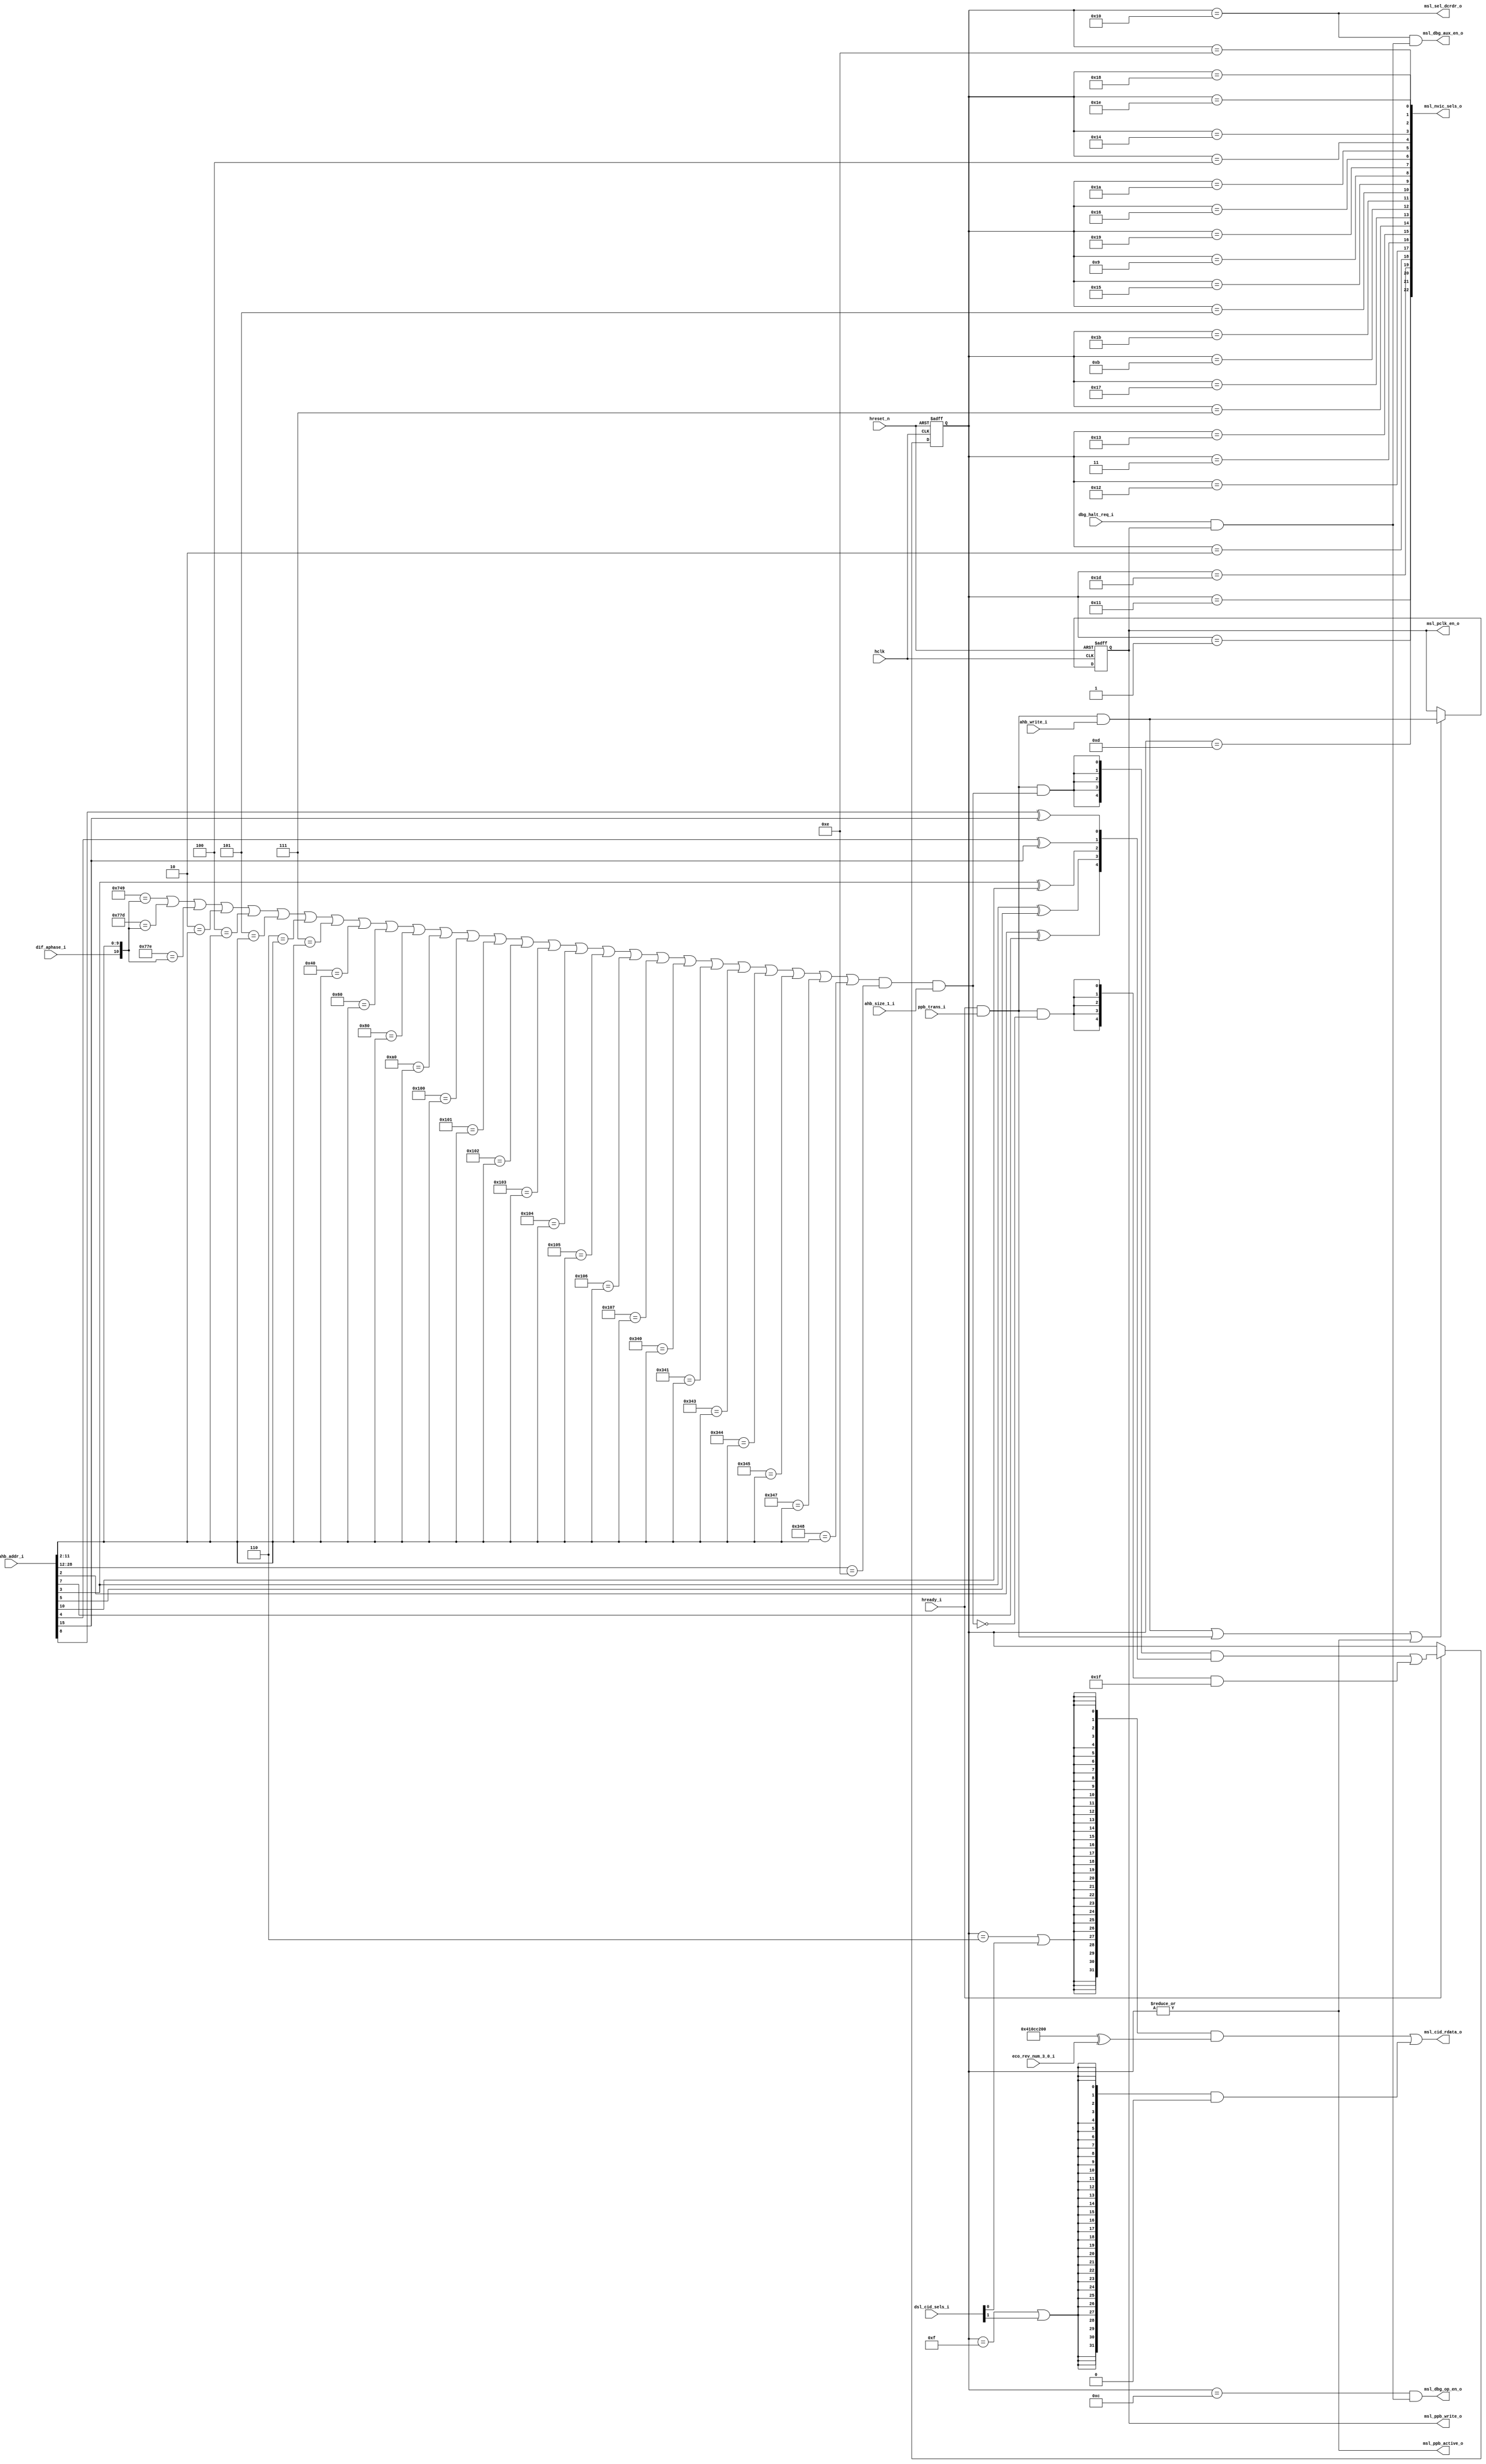
//-----------------------------------------------------------------------------
// The confidential and proprietary information contained in this file may
// only be used by a person authorised under and to the extent permitted
// by a subsisting licensing agreement from ARM Limited.
//
//            (C) COPYRIGHT 2008-2009 ARM Limited.
//                ALL RIGHTS RESERVED
//
// This entire notice must be reproduced on all copies of this file
// and copies of this file may only be made by a person if such person is
// permitted to do so under the terms of a subsisting license agreement
// from ARM Limited.
//
//      SVN Information
//
//      Checked In          : $Date: 2009-03-09 19:20:29 +0000 (Mon, 09 Mar 2009) $
//
//      Revision            : $Revision: 103365 $
//
//      Release Information : Cortex-M0-AT510-r0p0-00rel0
//-----------------------------------------------------------------------------

//-----------------------------------------------------------------------------
// CORTEX-M0 PPB DECODER
//-----------------------------------------------------------------------------

module cm0_matrix_sel
  #(parameter CBAW   = 0,
    parameter AHBSLV = 1,
    parameter DBG    = 1,
    parameter SYST   = 1)

   (input  wire        hclk,             // AHB clock
    input  wire        hreset_n,         // AHB reset

    output wire        msl_pclk_en_o,    // PPB register write clock enable

    output wire [22:0] msl_nvic_sels_o,  // NVIC register selects
    output wire        msl_sel_dcrdr_o,  // DCRDR read-data cycle
    output wire        msl_ppb_write_o,  // write performed to PPB space
    output wire        msl_ppb_active_o, // PPB not AHB is current slave
    output wire        msl_dbg_aux_en_o, // enable GPR AUX for debug write
    output wire        msl_dbg_op_en_o,  // enable PFU opcode for debug write
    output wire [31:0] msl_cid_rdata_o,  // component ID read-data

    input  wire        hready_i,         // AHB ready / core advance
    input  wire [ 3:0] eco_rev_num_3_0_i,// revision number ECOs

    input  wire [ 1:0] dsl_cid_sels_i,   // debug ID value selects
    input  wire        dbg_halt_req_i,   // debug halt request
    input  wire        ahb_size_1_i,     // transaction is word-sized
    input  wire        ppb_trans_i,      // PPB transaction
    input  wire        dif_aphase_i,     // debugger generated transaction
    input  wire [31:0] ahb_addr_i,       // transaction address
    input  wire        ahb_write_i);     // transaction is a write

   // ------------------------------------------------------------
   // Configurability
   // ------------------------------------------------------------

   wire        cfg_ahbslv = (CBAW == 0) ? (AHBSLV != 0) : 1'bZ;
   wire        cfg_dbg    = (CBAW == 0) ? (DBG != 0)    : 1'bZ;
   wire        cfg_syst   = (CBAW == 0) ? (SYST != 0)   : 1'bZ;

   wire        dif_en     = cfg_ahbslv | cfg_dbg;

   // ------------------------------------------------------------
   // Mask inputs based on configuration
   // ------------------------------------------------------------

   wire [ 1:0] dsl_cid_sels = dif_en ? dsl_cid_sels_i : 2'b0;
   wire        dbg_halt_req = dif_en ? dbg_halt_req_i : 1'b0;

   // ------------------------------------------------------------
   // PPB write, SCS selector, and CPU guard registers
   // ------------------------------------------------------------

   reg  [ 4:0] scs_sel;   // encoded PPB space register select
   reg         ppb_write; // access to PPB is a write

   // ------------------------------------------------------------
   // Create constants for PPB address decoding
   // ------------------------------------------------------------

   localparam [31:0] const_a_actlr      = 32'hE000E008;
   localparam [31:0] const_a_syst_csr   = 32'hE000E010;
   localparam [31:0] const_a_syst_rvr   = 32'hE000E014;
   localparam [31:0] const_a_syst_cvr   = 32'hE000E018;
   localparam [31:0] const_a_syst_calib = 32'hE000E01C;
   localparam [31:0] const_a_nvic_iser  = 32'hE000E100;
   localparam [31:0] const_a_nvic_icer  = 32'hE000E180;
   localparam [31:0] const_a_nvic_ispr  = 32'hE000E200;
   localparam [31:0] const_a_nvic_icpr  = 32'hE000E280;
   localparam [31:0] const_a_nvic_ipr0  = 32'hE000E400;
   localparam [31:0] const_a_nvic_ipr1  = 32'hE000E404;
   localparam [31:0] const_a_nvic_ipr2  = 32'hE000E408;
   localparam [31:0] const_a_nvic_ipr3  = 32'hE000E40C;
   localparam [31:0] const_a_nvic_ipr4  = 32'hE000E410;
   localparam [31:0] const_a_nvic_ipr5  = 32'hE000E414;
   localparam [31:0] const_a_nvic_ipr6  = 32'hE000E418;
   localparam [31:0] const_a_nvic_ipr7  = 32'hE000E41C;
   localparam [31:0] const_a_cpuid      = 32'hE000ED00;
   localparam [31:0] const_a_icsr       = 32'hE000ED04;
   localparam [31:0] const_a_aircr      = 32'hE000ED0C;
   localparam [31:0] const_a_scr        = 32'hE000ED10;
   localparam [31:0] const_a_ccr        = 32'hE000ED14;
   localparam [31:0] const_a_shpr2      = 32'hE000ED1C;
   localparam [31:0] const_a_shpr3      = 32'hE000ED20;
   localparam [31:0] const_a_shcsr      = 32'hE000ED24;
   localparam [31:0] const_a_dcrsr      = 32'hE000EDF4;
   localparam [31:0] const_a_dcrdr      = 32'hE000EDF8;

   // ------------------------------------------------------------
   // SCS hashing function
   // ------------------------------------------------------------
   // must generate a unique, non-zero value for valid selections,
   // the exclusive-OR pairs are:
   //
   //    3F875
   //    A4F23
   //
   // with 0x1F available as the unmatched PPB space hit

   function [4:0] scs_hash;
      input [31:0] i_key;
      begin
        scs_hash = { i_key[2] ^ i_key[ 7],
                     i_key[3] ^ i_key[ 5],
                     i_key[3] ^ i_key[10],
                     i_key[4] ^ i_key[15],
                     i_key[8] ^ i_key[15] };
        end
   endfunction

   // ------------------------------------------------------------
   // SCS matching functions
   // ------------------------------------------------------------
   // uses hash and a specific enable to determine one-hot select

   function scs_dbg_sel;
      input [ 6:0] i_key;
      input [31:0] i_raw_addr;
      begin
        scs_dbg_sel = i_key[5] & (i_key[4:0] == scs_hash(i_raw_addr));
      end
   endfunction

   function scs_any_sel;
      input [ 6:0] i_key;
      input [31:0] i_raw_addr;
      begin
        scs_any_sel = (i_key[4:0] == scs_hash(i_raw_addr));
      end
   endfunction

   function scs_tck_sel;
      input [ 6:0] i_key;
      input [31:0] i_raw_addr;
      begin
        scs_tck_sel = i_key[6] & (i_key[4:0] == scs_hash(i_raw_addr));
      end
   endfunction

   // ------------------------------------------------------------
   // Address and debug master check functions
   // ------------------------------------------------------------
   // returns true if address + dif_aphase result in an SCS "hit"
   // as a result of a debug access; note that ppb_trans allows
   // us to ignore address[31:29]

   function scs_dbg_chk;
      input [10:0] i_m_addr;
      input [31:0] i_raw_addr;
      begin
        scs_dbg_chk = {1'b1, i_raw_addr[11:2]} == i_m_addr[10:0];
      end
   endfunction

   function scs_any_chk;
      input [10:0] i_m_addr;
      input [31:0] i_raw_addr;
      begin
        scs_any_chk = i_raw_addr[11:2] == i_m_addr[9:0];
      end
   endfunction

   // ------------------------------------------------------------
   // Determine whether address hits in the SCS
   // ------------------------------------------------------------

   // note that debug accesses are identified using dif_aphase_i,
   // bits[31:12] for all SCS space registers are identical and
   // tested separately from bits [11:2]; only word transactions
   // are allowed to actually cause a real SCS access

   wire [10:0] scs_mad = { cfg_dbg & dif_aphase_i, ahb_addr_i[11:2] };

   wire        scs_prefix = ahb_addr_i[28:12] == 16'h000E;

   wire        scs_match  =
               ( // DEBUG ONLY ACCESSIBLE REGISTERS
                 scs_dbg_chk(scs_mad, const_a_shcsr)      |
                 scs_dbg_chk(scs_mad, const_a_dcrsr)      |
                 scs_dbg_chk(scs_mad, const_a_dcrdr)      |

                 // CORE AND DEBUG ACCESSIBLE REGISTERS
                 scs_any_chk(scs_mad, const_a_actlr)      |
                 scs_any_chk(scs_mad, const_a_syst_csr)   |
                 scs_any_chk(scs_mad, const_a_syst_rvr)   |
                 scs_any_chk(scs_mad, const_a_syst_cvr)   |
                 scs_any_chk(scs_mad, const_a_syst_calib) |
                 scs_any_chk(scs_mad, const_a_nvic_iser)  |
                 scs_any_chk(scs_mad, const_a_nvic_icer)  |
                 scs_any_chk(scs_mad, const_a_nvic_ispr)  |
                 scs_any_chk(scs_mad, const_a_nvic_icpr)  |
                 scs_any_chk(scs_mad, const_a_nvic_ipr0)  |
                 scs_any_chk(scs_mad, const_a_nvic_ipr1)  |
                 scs_any_chk(scs_mad, const_a_nvic_ipr2)  |
                 scs_any_chk(scs_mad, const_a_nvic_ipr3)  |
                 scs_any_chk(scs_mad, const_a_nvic_ipr4)  |
                 scs_any_chk(scs_mad, const_a_nvic_ipr5)  |
                 scs_any_chk(scs_mad, const_a_nvic_ipr6)  |
                 scs_any_chk(scs_mad, const_a_nvic_ipr7)  |
                 scs_any_chk(scs_mad, const_a_cpuid)      |
                 scs_any_chk(scs_mad, const_a_icsr)       |
                 scs_any_chk(scs_mad, const_a_aircr)      |
                 scs_any_chk(scs_mad, const_a_scr)        |
                 scs_any_chk(scs_mad, const_a_ccr)        |
                 scs_any_chk(scs_mad, const_a_shpr2)      |
                 scs_any_chk(scs_mad, const_a_shpr3)      );

   // ------------------------------------------------------------
   // Construct compressed address
   // ------------------------------------------------------------

   // to reduce area, use the hashing function to compress the
   // PPB space into an 8-bit value; for transactions that hit
   // in the PPB space, but do not hit a decoded address it
   // is still required to place a non-zero value into the
   // hash registers so as to allow scs_active to direct zeros
   // from the PPB space rather than potentially X's from AHB
   // for core/debugger reads

   wire [ 4:0] scs_null      = 5'b11111;

   wire [ 4:0] scs_addr      = scs_hash(ahb_addr_i[31:0]);

   wire        scs_valid     = scs_match & scs_prefix & ahb_size_1_i;
   wire        scs_trans     = hready_i & ppb_trans_i &  scs_valid;
   wire        scs_zero      = hready_i & ppb_trans_i & ~scs_valid;

   wire [ 4:0] scs_sel_nxt   = ( {5{scs_trans}} & scs_addr |
                                 {5{scs_zero}}  & scs_null );

   wire        scs_active    = |scs_sel;

   // for power saving, a large number of the NVIC registers
   // are only clocked during a ppb_write phase (assuming ACGs
   // are implemented), this requires that ppb_write self clear
   // after any PPB transaction

   wire        ppb_write_nxt = hready_i & ppb_trans_i & ahb_write_i;

   wire        ppb_write_en  = ( ppb_write_nxt |
                                 hready_i & ppb_trans_i |
                                 scs_active );

   wire        scs_sel_en    = hready_i;

   wire        pclk_en       = ppb_write;

   // ------------------------------------------------------------
   // Expand one-hot selects for data-phase
   // ------------------------------------------------------------

   wire [ 6:0] scs_key        = { cfg_syst, // SysTick present
                                  cfg_dbg,  // debug implemented
                                  scs_sel[4:0] };

   wire        sel_actlr      = scs_any_sel(scs_key, const_a_actlr);
   wire        sel_syst_csr   = scs_tck_sel(scs_key, const_a_syst_csr);
   wire        sel_syst_rvr   = scs_tck_sel(scs_key, const_a_syst_rvr);
   wire        sel_syst_cvr   = scs_tck_sel(scs_key, const_a_syst_cvr);
   wire        sel_syst_calib = scs_tck_sel(scs_key, const_a_syst_calib);
   wire        sel_nvic_iser  = scs_any_sel(scs_key, const_a_nvic_iser);
   wire        sel_nvic_icer  = scs_any_sel(scs_key, const_a_nvic_icer);
   wire        sel_nvic_ispr  = scs_any_sel(scs_key, const_a_nvic_ispr);
   wire        sel_nvic_icpr  = scs_any_sel(scs_key, const_a_nvic_icpr);
   wire        sel_nvic_ipr0  = scs_any_sel(scs_key, const_a_nvic_ipr0);
   wire        sel_nvic_ipr1  = scs_any_sel(scs_key, const_a_nvic_ipr1);
   wire        sel_nvic_ipr2  = scs_any_sel(scs_key, const_a_nvic_ipr2);
   wire        sel_nvic_ipr3  = scs_any_sel(scs_key, const_a_nvic_ipr3);
   wire        sel_nvic_ipr4  = scs_any_sel(scs_key, const_a_nvic_ipr4);
   wire        sel_nvic_ipr5  = scs_any_sel(scs_key, const_a_nvic_ipr5);
   wire        sel_nvic_ipr6  = scs_any_sel(scs_key, const_a_nvic_ipr6);
   wire        sel_nvic_ipr7  = scs_any_sel(scs_key, const_a_nvic_ipr7);
   wire        sel_cpuid      = scs_any_sel(scs_key, const_a_cpuid);
   wire        sel_icsr       = scs_any_sel(scs_key, const_a_icsr);
   wire        sel_aircr      = scs_any_sel(scs_key, const_a_aircr);
   wire        sel_scr        = scs_any_sel(scs_key, const_a_scr);
   wire        sel_ccr        = scs_any_sel(scs_key, const_a_ccr);
   wire        sel_shpr2      = scs_any_sel(scs_key, const_a_shpr2);
   wire        sel_shpr3      = scs_any_sel(scs_key, const_a_shpr3);
   wire        sel_shcsr      = scs_dbg_sel(scs_key, const_a_shcsr);
   wire        sel_dcrsr      = scs_dbg_sel(scs_key, const_a_dcrsr);
   wire        sel_dcrdr      = scs_dbg_sel(scs_key, const_a_dcrdr);

   // ------------------------------------------------------------
   // Selector register
   // ------------------------------------------------------------

   always @(posedge hclk or negedge hreset_n)
     if(~hreset_n)
       scs_sel <= {5{1'b0}};
     else if(scs_sel_en)
       scs_sel <= scs_sel_nxt[4:0];

   always @(posedge hclk or negedge hreset_n)
     if(~hreset_n)
       ppb_write <= 1'b0;
     else if(ppb_write_en)
       ppb_write <= ppb_write_nxt;

   // ------------------------------------------------------------
   // Construct ID values with implementor ECO bits
   // ------------------------------------------------------------

   // ECOREVNUM at the top-level provides the architectural and
   // design methodology recommended ability to patch a set of
   // revision/patch fields; typically these values will be zero

   wire [31:0] eco_cpuid    = {28'b0, eco_rev_num_3_0_i};
   wire [31:0] val_cpuid    = 32'h410CC200 ^ eco_cpuid;

   // ------------------------------------------------------------
   // Construct ID value bus locally to benefit from minimisation
   // ------------------------------------------------------------

   // a large number of the decoded addresses contain hardcoded
   // read-only values, to benefit from area reduction through
   // commonality, the bulk of these values are implemented as a
   // single logic cone here, the exceptions being the fields
   // indicating the number of implemented comparators in both
   // the breakpoint and watchpoint units

   // the debugger needs to be able to access these registers
   // whilst the core is held in reset, so we need to merge in
   // the debugger selections

   wire        sel_cpuid_all = sel_cpuid | dsl_cid_sels[0];
   wire        sel_actlr_all = sel_actlr | dsl_cid_sels[1];

   wire [31:0] cid_rdata = ( {32{sel_cpuid_all}} & val_cpuid    |
                             {32{sel_actlr_all}} & 32'h00000000 );

   // ------------------------------------------------------------
   // Construct CPU related debug enables
   // ------------------------------------------------------------

   // to perform core register read and writes, the debugger
   // has the ability to write to both the opcode buffer and
   // auxiliary register of the core; to save routing to debug
   // and back, the combination of the two selects and ppb_write
   // logic are performed here and then passed directly to the
   // core

   // mask debug requests that are not accompanied with a halt
   // request in order to prevent some corner cases around
   // debugger transactions in parallel with DBGRESTART requests

   wire        dbg_sel_ok = dbg_halt_req & ppb_write;

   wire        dbg_aux_en = cfg_dbg ? (sel_dcrdr & dbg_sel_ok) : 1'b0;
   wire        dbg_op_en  = cfg_dbg ? (sel_dcrsr & dbg_sel_ok) : 1'b0;

   // ------------------------------------------------------------
   // Construct output bus
   // ------------------------------------------------------------

   wire [22:0] nvic_sels = { sel_syst_csr,   sel_syst_rvr,
                             sel_syst_cvr,   sel_syst_calib,
                             sel_nvic_iser,  sel_nvic_icer,
                             sel_nvic_ispr,  sel_nvic_icpr,
                             sel_nvic_ipr0,  sel_nvic_ipr1,
                             sel_nvic_ipr2,  sel_nvic_ipr3,
                             sel_nvic_ipr4,  sel_nvic_ipr5,
                             sel_nvic_ipr6,  sel_nvic_ipr7,
                             sel_icsr,       sel_aircr,
                             sel_scr,        sel_ccr,
                             sel_shpr2,      sel_shpr3,
                             sel_shcsr };

   // ------------------------------------------------------------
   // Assign outputs
   // ------------------------------------------------------------

   assign msl_nvic_sels_o  = nvic_sels;
   assign msl_sel_dcrdr_o  = sel_dcrdr;
   assign msl_cid_rdata_o  = cid_rdata;
   assign msl_ppb_write_o  = ppb_write;
   assign msl_ppb_active_o = scs_active;
   assign msl_dbg_aux_en_o = dbg_aux_en;
   assign msl_dbg_op_en_o  = dbg_op_en;
   assign msl_pclk_en_o    = pclk_en;

   // ------------------------------------------------------------

`ifdef ARM_ASSERT_ON
   // ------------------------------------------------------------
   // Assertions
   // ------------------------------------------------------------

`include "std_ovl_defines.h"

   // register enable X check
   assert_never_unknown
     #(`OVL_FATAL,3,`OVL_ASSERT,"Register enables must never be X")
       u_asrt_reg_en_x
         (.clk       (hclk),
          .reset_n   (hreset_n),
          .qualifier (1'b1),
          .test_expr ({ pclk_en,
                        scs_sel_en,
                        ppb_write_en }));

   // scs_addr must not be zero if the address is valid
   assert_implication
     #(`OVL_FATAL,`OVL_ASSERT,"Valid SCS hashes must be non-zero")
   u_asrt_hash_safe
     (.clk(hclk), .reset_n(hreset_n),
      .antecedent_expr(scs_trans),
      .consequent_expr(|scs_addr) );

   // scs_addr must not coincide with zero select value
   assert_implication
     #(`OVL_FATAL,`OVL_ASSERT,"Valid SCS hash clashes with NULL")
   u_asrt_hash_not_null
     (.clk(hclk), .reset_n(hreset_n),
      .antecedent_expr(scs_zero),
      .consequent_expr(~scs_trans) );

   // Expanded PPB and debug selects must be zero if encoding zero
   assert_implication
     #(`OVL_FATAL,`OVL_ASSERT,"All outputs must be zero if no sels")
   u_asrt_sels_no_out
     (.clk(hclk), .reset_n(hreset_n),
      .antecedent_expr(~|{scs_sel,dsl_cid_sels}),
      .consequent_expr(~|{msl_nvic_sels_o,
                          msl_sel_dcrdr_o,
                          msl_cid_rdata_o,
                          msl_ppb_write_o,
                          msl_ppb_active_o,
                          msl_dbg_aux_en_o,
                          msl_dbg_op_en_o,
                          msl_pclk_en_o}) );

   // No transaction must result in no select in the next cycle
   assert_next
     #(`OVL_FATAL,1,1,0,`OVL_ASSERT,"Idle cycle cannot produce a sel")
   u_asrt_notx_nosel
     (.clk(hclk), .reset_n(hreset_n),
      .start_event(~ppb_trans_i | ~hready_i),
      .test_expr(~|scs_sel) );

   // Parameterisable configuration check
   assert_never_unknown
     #(`OVL_FATAL,32,`OVL_ASSERT,"CBAW config unknown")
   u_asrt_cfg_cbaw
     ( .clk(hclk), .reset_n(1'b1), .qualifier(1'b1),
       .test_expr(CBAW) );

   // Parameterisable configuration check
   assert_never_unknown
     #(`OVL_FATAL,1,`OVL_ASSERT,"AHBSLV config unknown")
   u_asrt_cfg_ahbslv
     ( .clk(hclk), .reset_n(1'b1), .qualifier(1'b1),
       .test_expr(cfg_ahbslv) );

   // Parameterisable configuration check
   assert_never_unknown
     #(`OVL_FATAL,1,`OVL_ASSERT,"DBG config unknown")
   u_asrt_cfg_dbg
     ( .clk(hclk), .reset_n(1'b1), .qualifier(1'b1),
       .test_expr(cfg_dbg) );

   // Parameterisable configuration check
   assert_never_unknown
     #(`OVL_FATAL,1,`OVL_ASSERT,"SYST config unknown")
   u_asrt_cfg_syst
     ( .clk(hclk), .reset_n(1'b1), .qualifier(1'b1),
       .test_expr(cfg_syst) );

`endif

endmodule // cm0_matrix_sel

//-----------------------------------------------------------------------------
// EOF
//-----------------------------------------------------------------------------